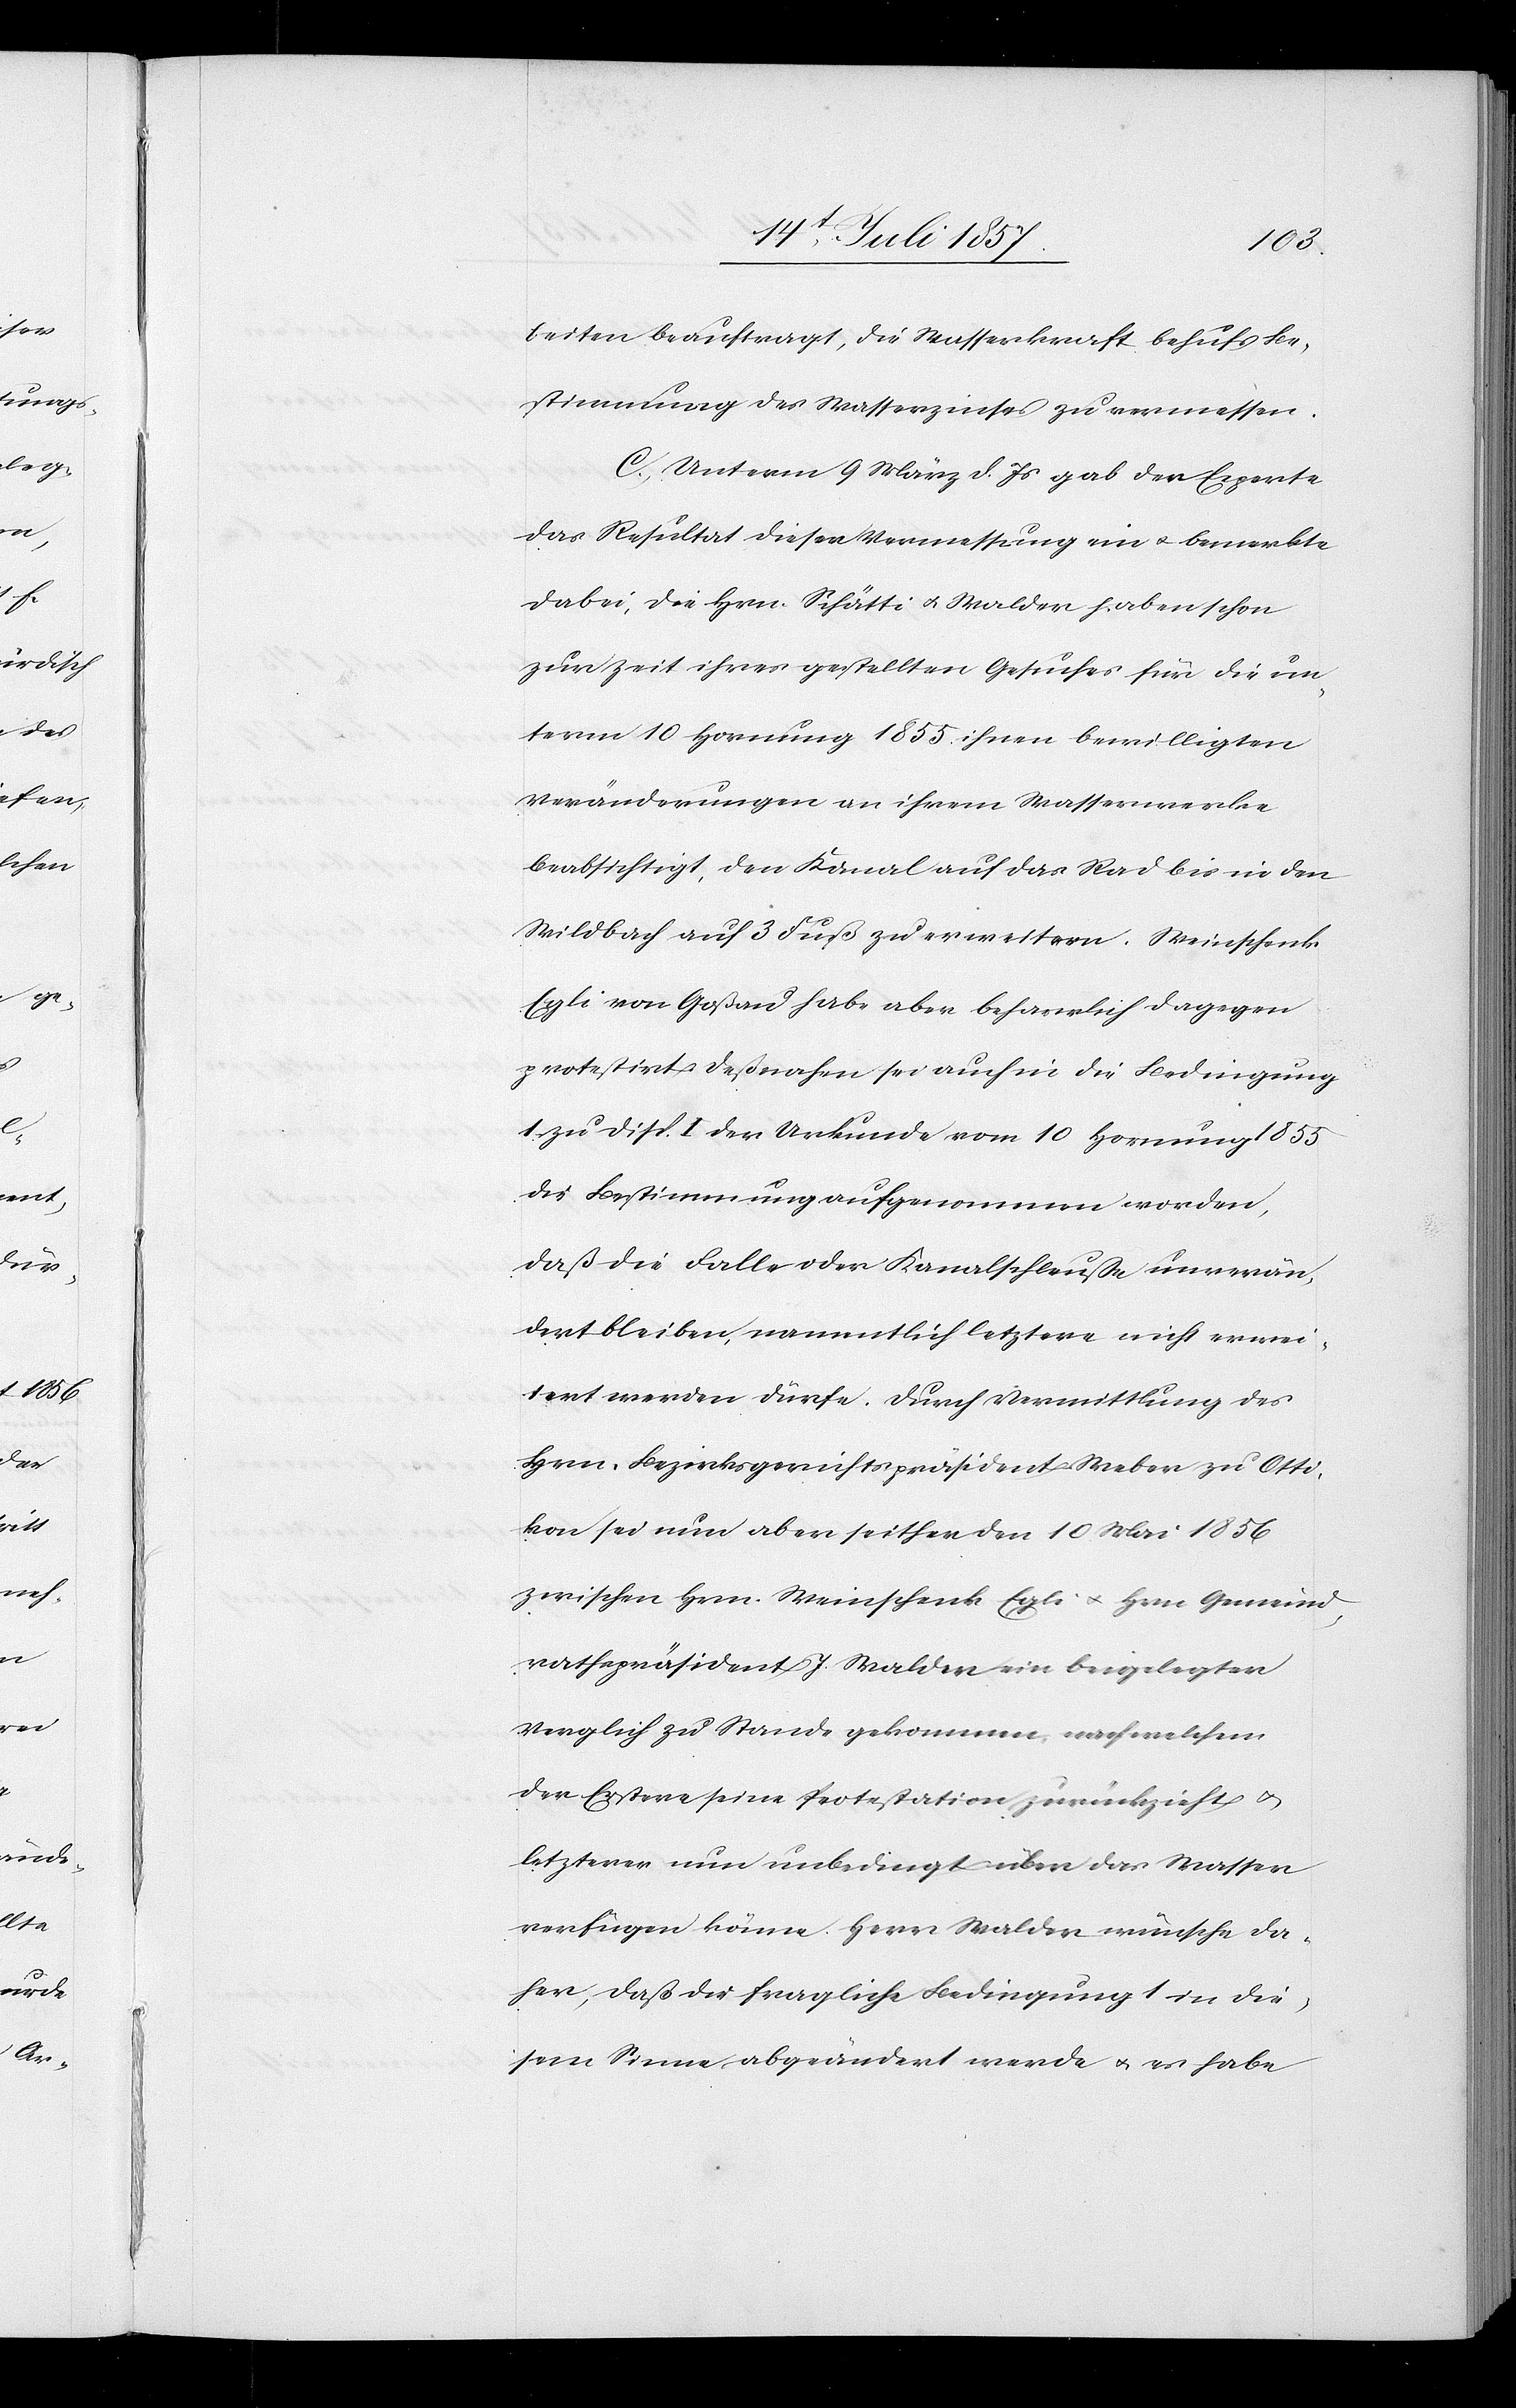
beiten beauftragt, die Wasserkraft behufs Be¬
stimmung des Wasserzinses zu vermessen.
C. Unterm 9 März d. Js. gab der Experte
das Resultat dieser Vermessung ein & bemerkte
dabei, die Hrn. Schätti & Walder haben schon
zur Zeit ihres gestellten Gesuches für die un¬
term 10 Hornung 1855 ihnen bewilligten
Veränderungen an ihrem Wasserwerke
beabsichtigt, den Kanal auf das Rad bis in den
Wildbach auf 3 Fuß zu erweitern. Weinschenk
Egli von Goßau habe aber beharrlich dagegen
protestirt deßnahen sei auch in die Bedingung
1 Disp. I der Urkunde vom 10 Hornung 1855
die Bestimmung aufgenommen worden,
daß die Falle oder Kanalschleuße unverän¬
dert bleiben, namentlich letztere nicht erwei¬
tert werden dürfe. Durch Vermittlung des
Hrn. Bezirksgerichtspräsident Weber zu Otti¬
kon sei nun aber seither den 10 Mai 1856
zwischen Hrn. Weinschenk Egli & Hrn. Gemeind¬
rathspräsident J. Walder ein beigelegter
Vergleich zu Stande gekommen, nach welchem
der Erstere seine Protestation zurückziehe &
letzterer nun unbedingt über das Wasser
verfügen könne. Herr Walder wünsche da¬
her, daß die fragliche Bedingung 1 in die¬
sem Sinne abgeändert werde & es habe